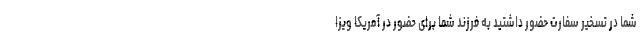
شما در تسخیر سفارت حضور داشتید به فرزند شما برای حضور در آمریکا ویزا